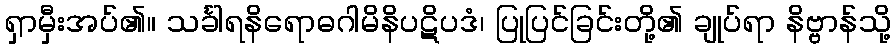
ရှာမှီးအပ်၏။ သင်္ခါရနိရောဓဂါမိနိပဋိပဒံ၊ ပြုပြင်ခြင်းတို့၏ ချုပ်ရာ နိဗ္ဗာန်သို့